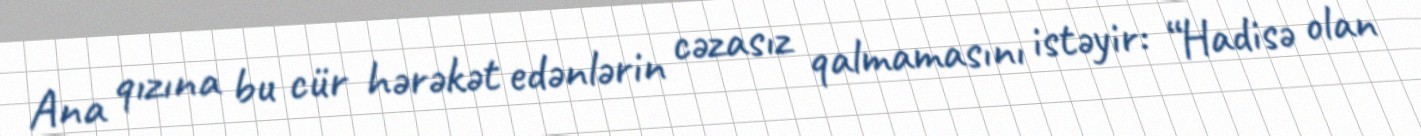
Ana qızına bu cür hərəkət edənlərin cəzasız qalmamasını istəyir: “Hadisə olan